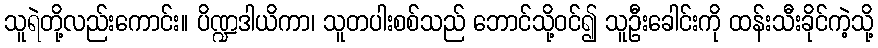
သူရဲတို့လည်းကောင်း။ ပိဏ္ဍဒါယိကာ၊ သူတပါးစစ်သည် ဘောင်သို့ဝင်၍ သူဦးခေါင်းကို ထန်းသီးခိုင်ကဲ့သို့